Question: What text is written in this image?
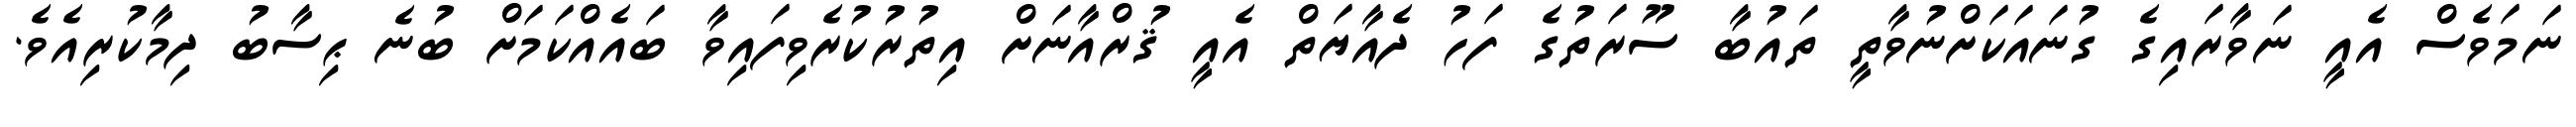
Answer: ނަމަވެސް އެއީ ނަވާރައިގެ ގުނައަކަށްނުވާތީ ތައުބާ ސޫރަތުގެ ފަހު ދެއާޔަތް އެއީ ޤުރްއާނަށް އިތުރުކުރެވިފައިވާ ބައެއްކަމަށް ބުނެ ޙިސާބު ދިމާކުރިއެވެ.